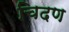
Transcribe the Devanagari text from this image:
चिदण